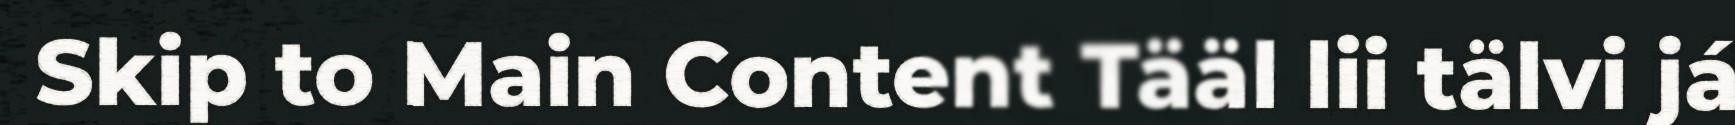
Skip to Main Content Tääl lii tälvi já